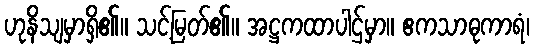
ဟုနိသျမှာရှိ၏။ သင့်မြတ်၏။ အဋ္ဌကထာပါဌ်မှာ။ ဧကသာဓုကာရံ၊